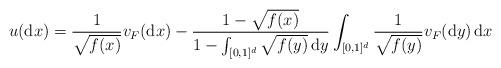
LaTeX: \begin{align*} u(\mathrm{d}x) = \frac{1}{\sqrt{f(x)}} v_F(\mathrm{d}x) - \frac{1- \sqrt{f(x)}}{1-\int_{[0,1]^d} \sqrt{f(y)} \,\mathrm{d}y}\int_{[0,1]^d}\frac{1}{\sqrt{f(y)}} v_F(\mathrm{d}y) \,\mathrm{d}x\end{align*}